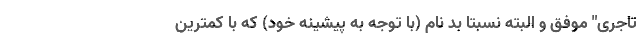
تاجری" موفق و البته نسبتا بد نام (با توجه به پیشینه خود) که با کمترین